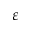
\varepsilon